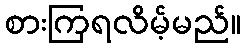
စားကြရလိမ့်မည်။